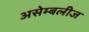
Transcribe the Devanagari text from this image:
असेम्बलीज